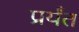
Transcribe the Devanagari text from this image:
प्रर्यंत